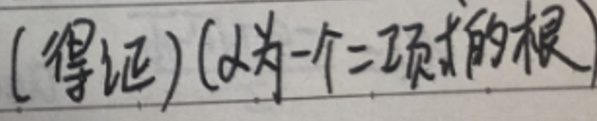
(得证) (\(\alpha\)为一个二项式的根)